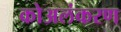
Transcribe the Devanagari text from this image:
कोअलंकरण